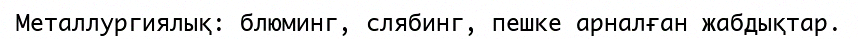
Металлургиялық: блюминг, слябинг, пешке арналған жабдықтар.